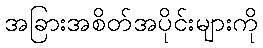
အခြားအစိတ်အပိုင်းများကို